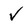
Character: v